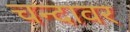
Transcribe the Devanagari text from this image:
चन्दावर